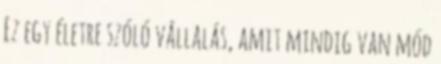
Ez egy életre szóló vállalás, amit mindig van mód